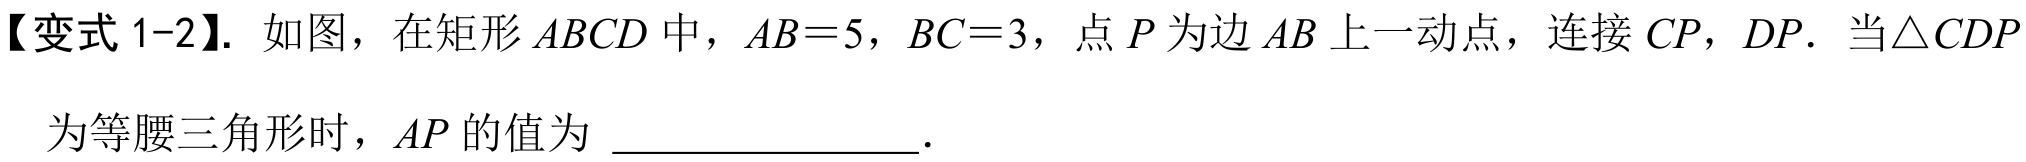
【变式 1-2】. 如图，在矩形 \(ABCD\) 中，\(AB = 5\)，\(BC = 3\)，点 \(P\) 为边 \(AB\) 上一动点，连接 \(CP\)，\(DP\). 当\(\triangle CDP\)
为等腰三角形时，\(AP\) 的值为 \_\_\_\_\_\_\_\_\_\_\_\_ .